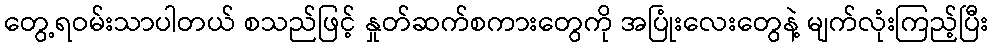
တွေ့ရဝမ်းသာပါတယ် စသည်ဖြင့် နှုတ်ဆက်စကားတွေကို အပြုံးလေးတွေနဲ့ မျက်လုံးကြည့်ပြီး